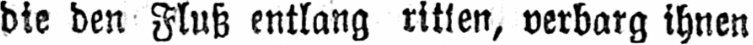
bie den Fluß entlang ritten, verbarg ihnen